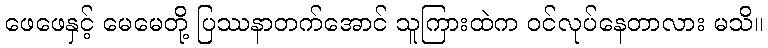
ဖေဖေနှင့် မေမေတို့ ပြဿနာတက်အောင် သူကြားထဲက ဝင်လုပ်နေတာလား မသိ။